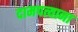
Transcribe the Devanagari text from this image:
दामपत्याना